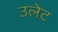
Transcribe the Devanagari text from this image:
उलेट